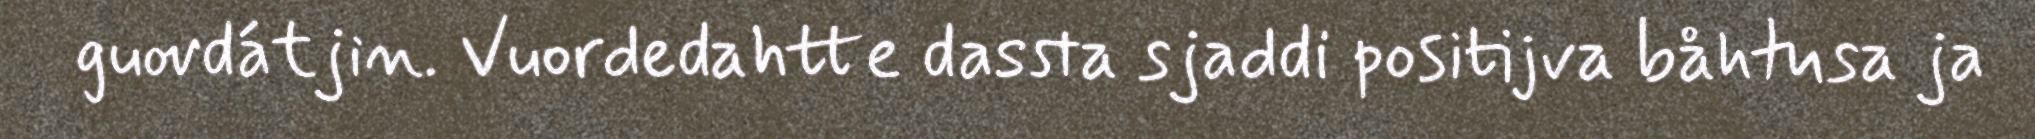
guovdátjin. Vuordedahtte dassta sjaddi positijva båhtusa ja